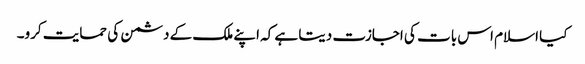
کیا اسلام اس بات کی اجازت دیتا ہے کہ اپنے ملک کے دشمن کی حمایت کرو۔